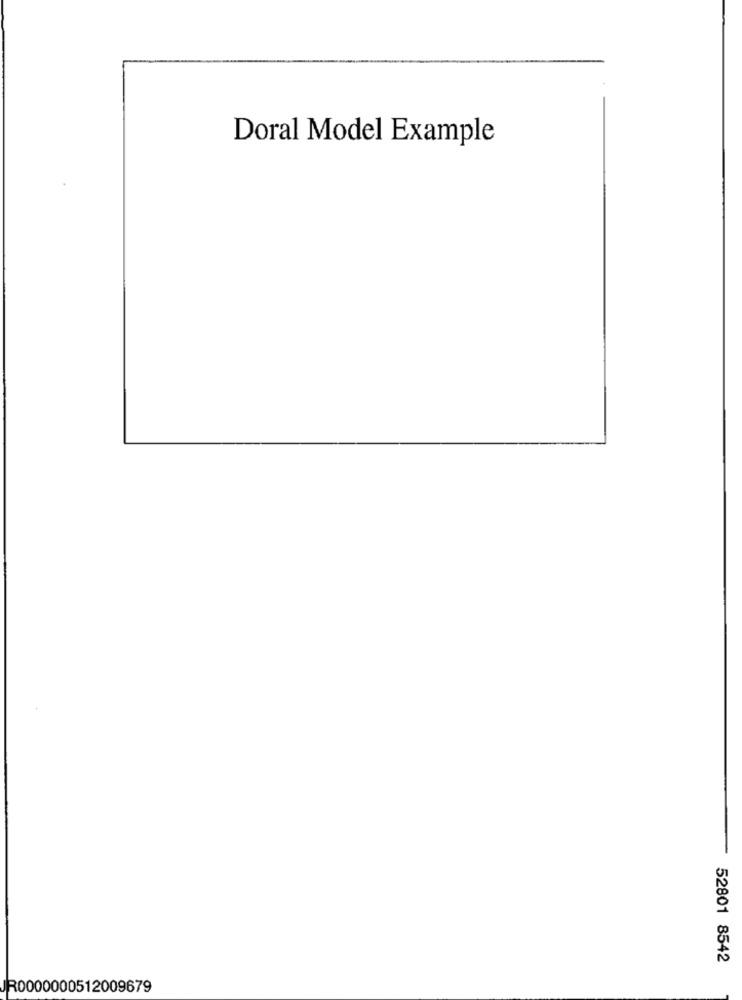
Doral Model Example
52801 8542
JR0000000512009679